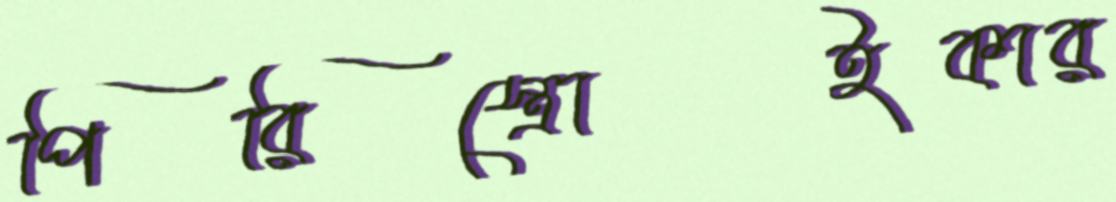
পিরিস্ত্রোইকার